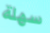
سهلة